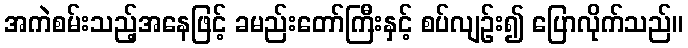
အကဲစမ်းသည့်အနေဖြင့် ခမည်းတော်ကြီးနှင့် စပ်လျဉ်း၍ ပြောလိုက်သည်။